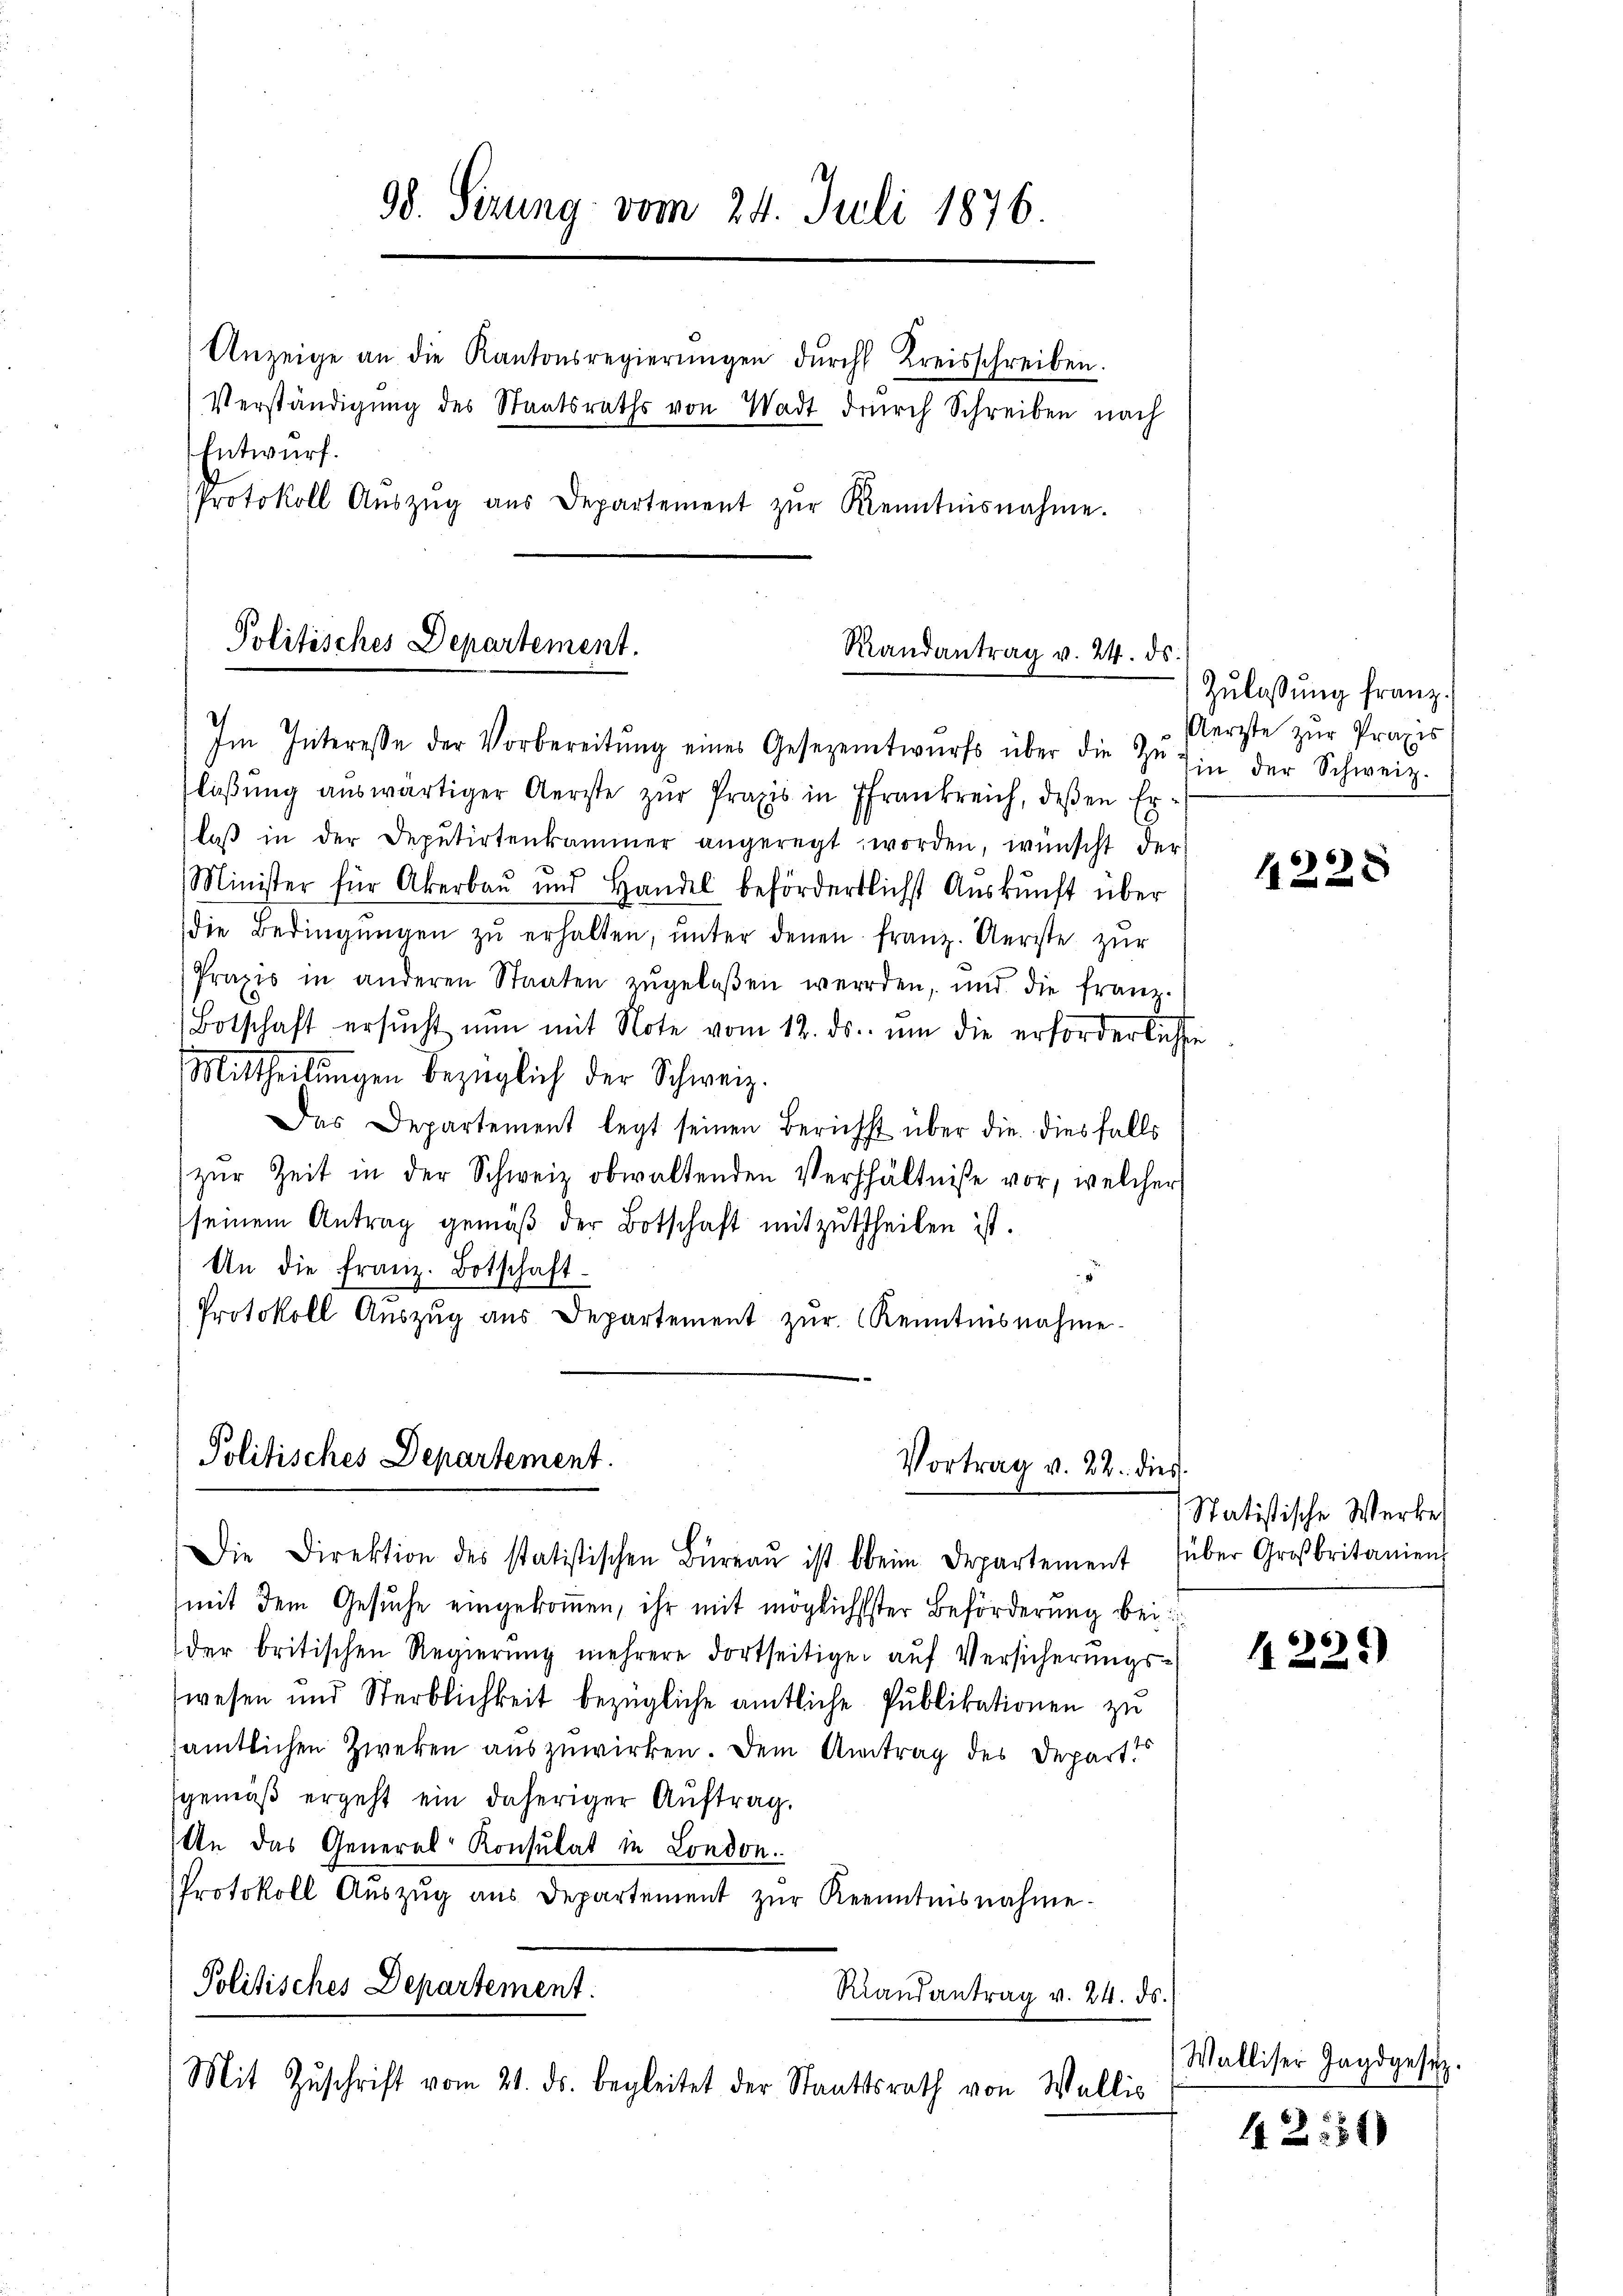
98. Serung vom 24. Juli 1876.
Anzeige an die Kantonsregierŭngen dŭrch Kreisschreiben.
Verständigŭng des Staatsraths von Wadt dŭrch Schreiben nach
Entwurf.
Protokoll Aŭszŭg aŭs Departement zŭr Kenntnisnahme.

Politisches Departement.
Randantrag v. 24. ds.

Im Interesse der Vorbereitŭng eines Gesezentwurfs über die Hr. Ein der Schweiz.
lißung auswärtiger Aerzte zur Praxis in Frankreich, deßen Erlaβ in der Deputirtenkammer angeregt, worden, wünscht der
Minister für Akerbaŭ und Handel befördertlichst Aŭskŭnft über
die Bedingŭngen zŭ erhalten, ŭnter denen franz. Aeriste zur
Praxis in anderen Staaten zŭgelaßen werden, und die franz-
Botschaft ersŭcht nun mit Note vom 12. ds. ŭm die erforderlichen
Mittheilŭngen bezüglich der Schweiz.
Das Departement legt seinen Bericht über die diesfalls
zŭr Zeit in der Schweiz obwaltenden Verhältniße vor, welcher
seinem Antrag gemäß der Botschaft mitzutheilen ist.
An die franz. Botschaft-
4
Protokoll Aŭszŭg aŭs Departement zŭr Kenntnisnahme.

Politisches Departement.
Vortrag v. 22. dies

Die Direktion des statistischen Büreaŭ ist beim Departement über Großbritanien
mit dem Gesuche eingekommen, ihr mit möglichster Beförderung bei
der britischen Regierŭng mehrere dortseitiger aŭf Versicherŭngs-
wesen und Sterblichkeit bezügliche amtliche Publikationen zu
sämtlichen Zweken auszuwirken. Dem Antrag des Depart.
(gemäß ergeht ein daheriger Auftrag.
An das General-Konsulat in London.
Protokoll Aŭszŭg aŭs Departement zŭr Kenntnisnahme-
Politisches Departement.
Riandantrag v. 24. ds.
Mit Zŭschrift vom 21. ds. begleitet der Staatsrath von Wallis

Zulassung franz.
Aerzte zur Praxis

4220

Statistische Werke

1225)

Walliser Jagdgesetz

1251)